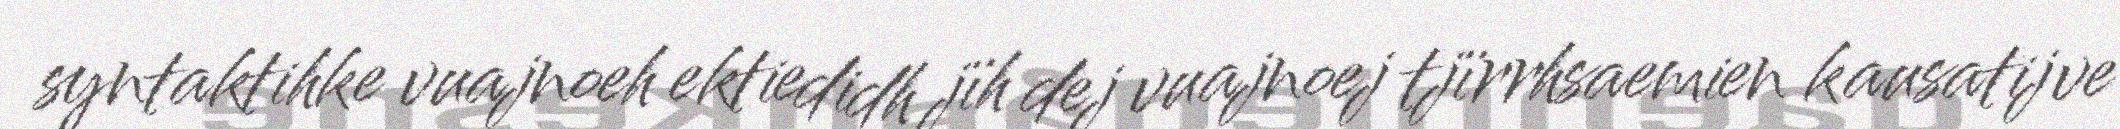
syntaktihke vuajnoeh ektiedidh jïh dej vuajnoej tjïrrhsaemien kausatijve